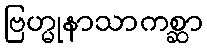
ဗြဟ္မုနာသာကစ္ဆာ